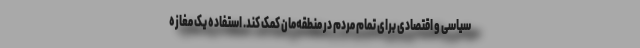
سیاسی و اقتصادی برای تمام مردم در منطقه‌مان کمک کند. استفاده یک مغازه